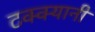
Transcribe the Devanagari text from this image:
टक्क्यानी